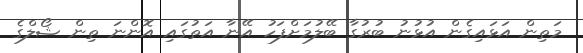
މަތިން އަޅައިގެން އުޅުނު ބުރުގާ ބޭލުމަށްފަހު އޭނާ އަތުގައި އޮންނަ ތިން ޝޯލްގެ